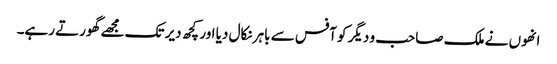
انھوں نے ملک صاحب و دیگر کو آفس سے باہر نکال دیا اور کچھ دیر تک مجھے گھورتے رہے۔